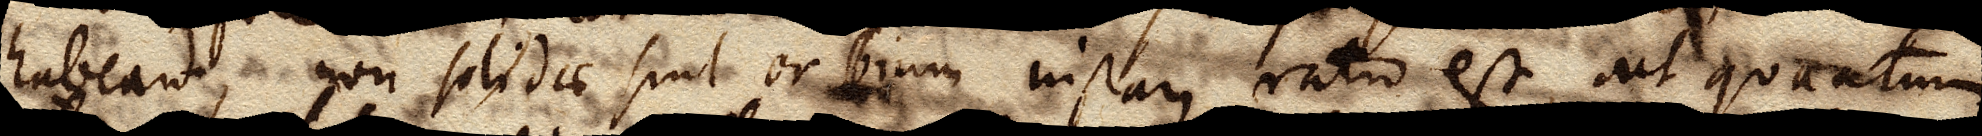
habeant, non solidae sint orbium instar, ratio est, ut quantum